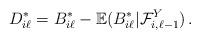
LaTeX: \begin{align*}{D}_{i\ell}^{\ast}={B}_{i\ell}^{\ast}-\mathbb{E}({B}_{i\ell}^{\ast}|\mathcal{F}_{i,\ell-1}^{Y})\,. \end{align*}